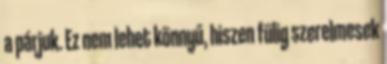
a párjuk. Ez nem lehet könnyű, hiszen fülig szerelmesek